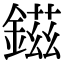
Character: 鎡